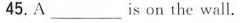
45.A_______is on the wall.